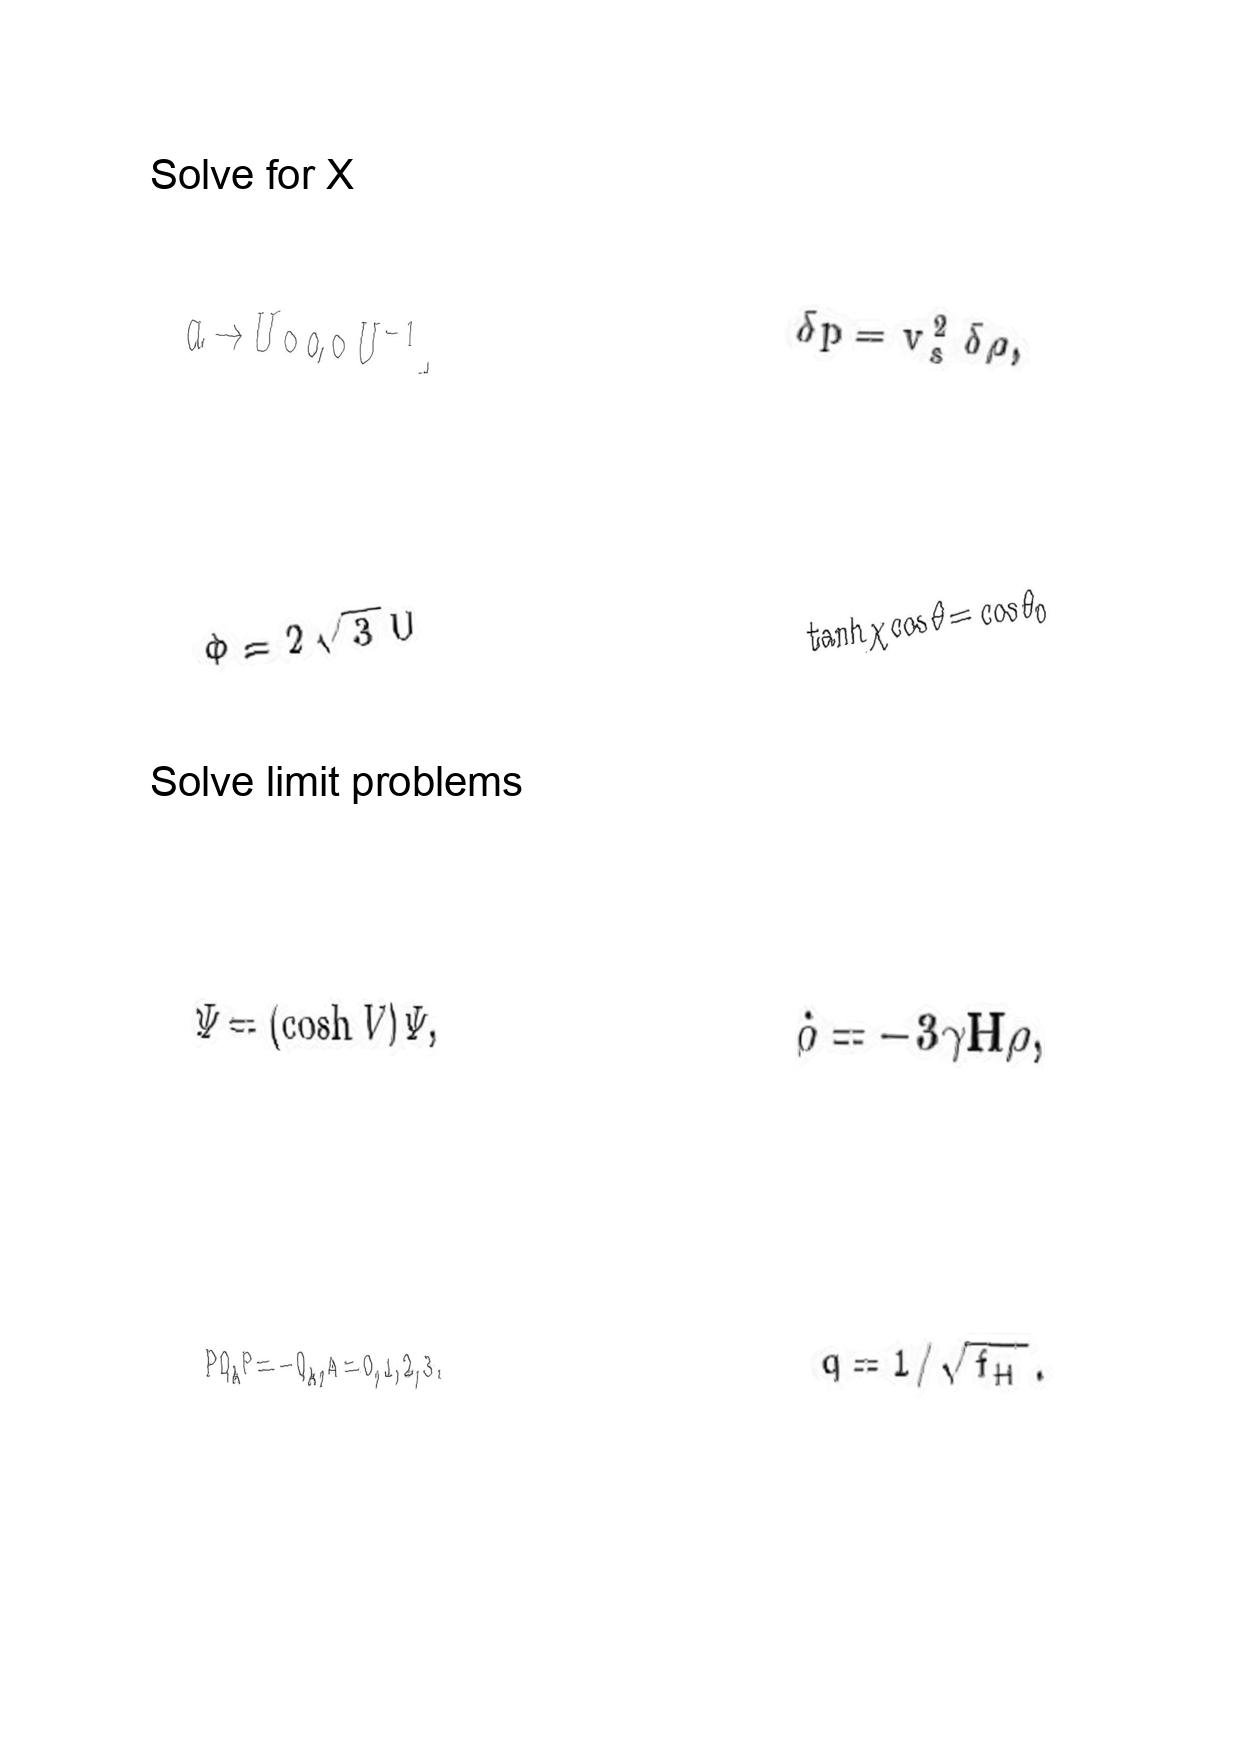
LaTeX transcription:
a \rightarrow U \circ a \circ U ^ { - 1 } ,
\Phi = 2 \sqrt { 3 } U
\tilde { \Psi } = \lparen \cosh V \rparen \Psi ,
P Q _ { A } P = - Q _ { A } , A = 0 , 1 , 2 , 3 .
\delta p = v _ { s } ^ { 2 } \delta \rho ,
\tanh \chi \cos \theta = \cos \theta _ { 0 }
\dot { \rho } = - 3 \gamma H \rho ,
q = 1 / \sqrt { f _ { H } } .